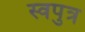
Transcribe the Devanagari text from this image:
स्वपुत्र